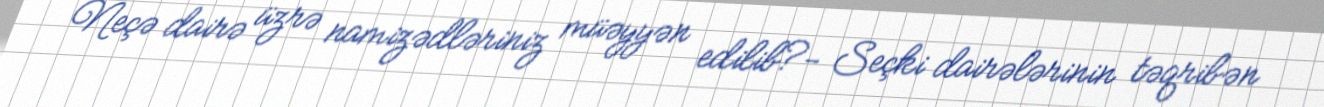
Neçə dairə üzrə namizədləriniz müəyyən edilib?- Seçki dairələrinin təqribən